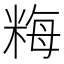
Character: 䊈